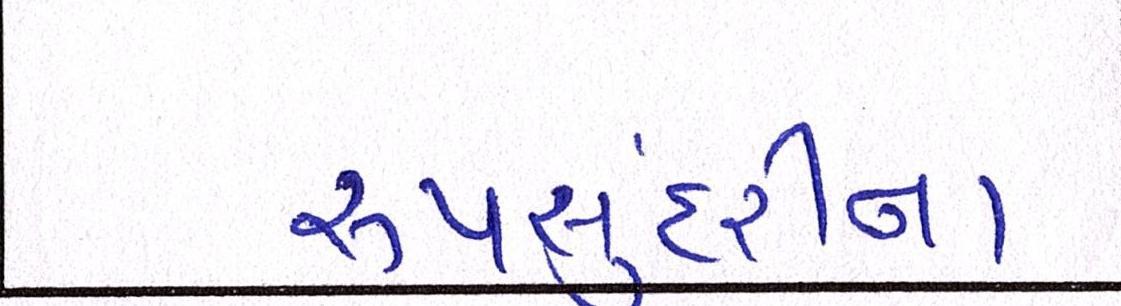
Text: રૂપસુંદરીના